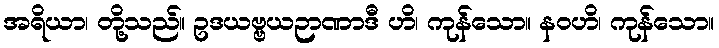
အရိယာ၊ တို့သည်။ ဥဒယဗ္ဗယဉာဏာဒီ ဟိ၊ ကုန်သော။ နဝဟိ၊ ကုန်သော။